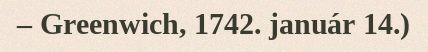
– Greenwich, 1742. január 14.)